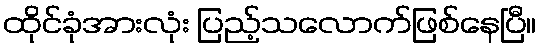
ထိုင်ခုံအားလုံး ပြည့်သလောက်ဖြစ်နေပြီ။